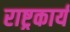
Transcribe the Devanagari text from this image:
राष्ट्रकार्य